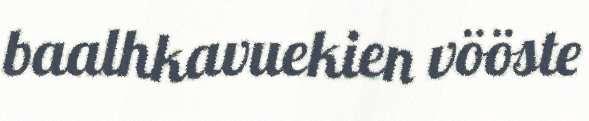
baalhkavuekien vööste